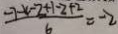
\frac { - 7 - x - 2 + 1 - 2 + 2 } { 6 } = - 2